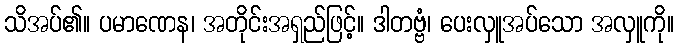
သိအပ်၏။ ပမာဏေန၊ အတိုင်းအရှည်ဖြင့်။ ဒါတဗ္ဗံ၊ ပေးလှူအပ်သော အလှူကို။